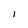
Character: 1